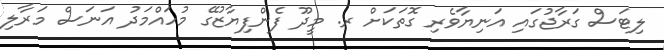
ލިޓަސް ގަރާޖުގައި އަނިޔާވެރި ގޮތަކަށް ރ. މީދޫ ފެންފިޔާޒުގޭ މުހަައްމަދު އަނަސް މަރާލި